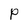
Character: P